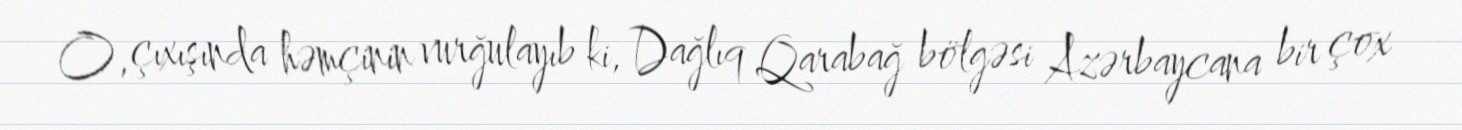
O, çıxışında həmçinin vurğulayıb ki, Dağlıq Qarabağ bölgəsi Azərbaycana bir çox